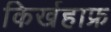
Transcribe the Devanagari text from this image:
किर्खहाफ्र